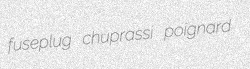
fuseplug chuprassi poignard